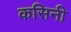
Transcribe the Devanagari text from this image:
कसिनी